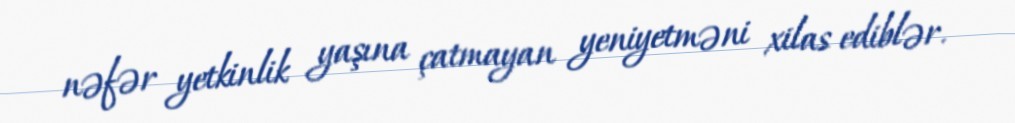
nəfər yetkinlik yaşına çatmayan yeniyetməni xilas ediblər.